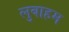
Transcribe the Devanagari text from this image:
लुबाहम